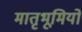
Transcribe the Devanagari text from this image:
मातृभूमियों